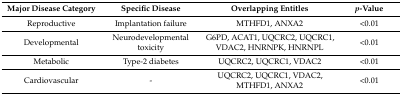
| Major Disease Category | Specific Disease | Overlapping Entitles | p-Value |
 | --- | --- | --- | --- |
 | Reproductive | Implantation failure | MTHFD1, ANXA2 | <0.01 |
 | Developmental | Neurodevelopmental toxicity | G6PD, ACAT1, UQCRC2, UQCRC1, VDAC2, HNRNPK, HNRNPL | <0.01 |
 | Metabolic | Type-2 diabetes | UQCRC2, UQCRC1, VDAC2 | <0.01 |
 | Cardiovascular | - | UQCRC2, UQCRC1, VDAC2, MTHFD1, ANXA2 | <0.01 |